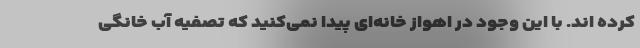
کرده اند. با این وجود در اهواز خانه‌ای پیدا نمی‌کنید که تصفیه آب خانگی